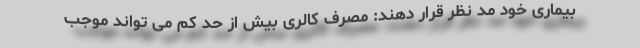
بیماری خود مد نظر قرار دهند: مصرف کالری بیش از حد کم می تواند موجب